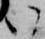
い